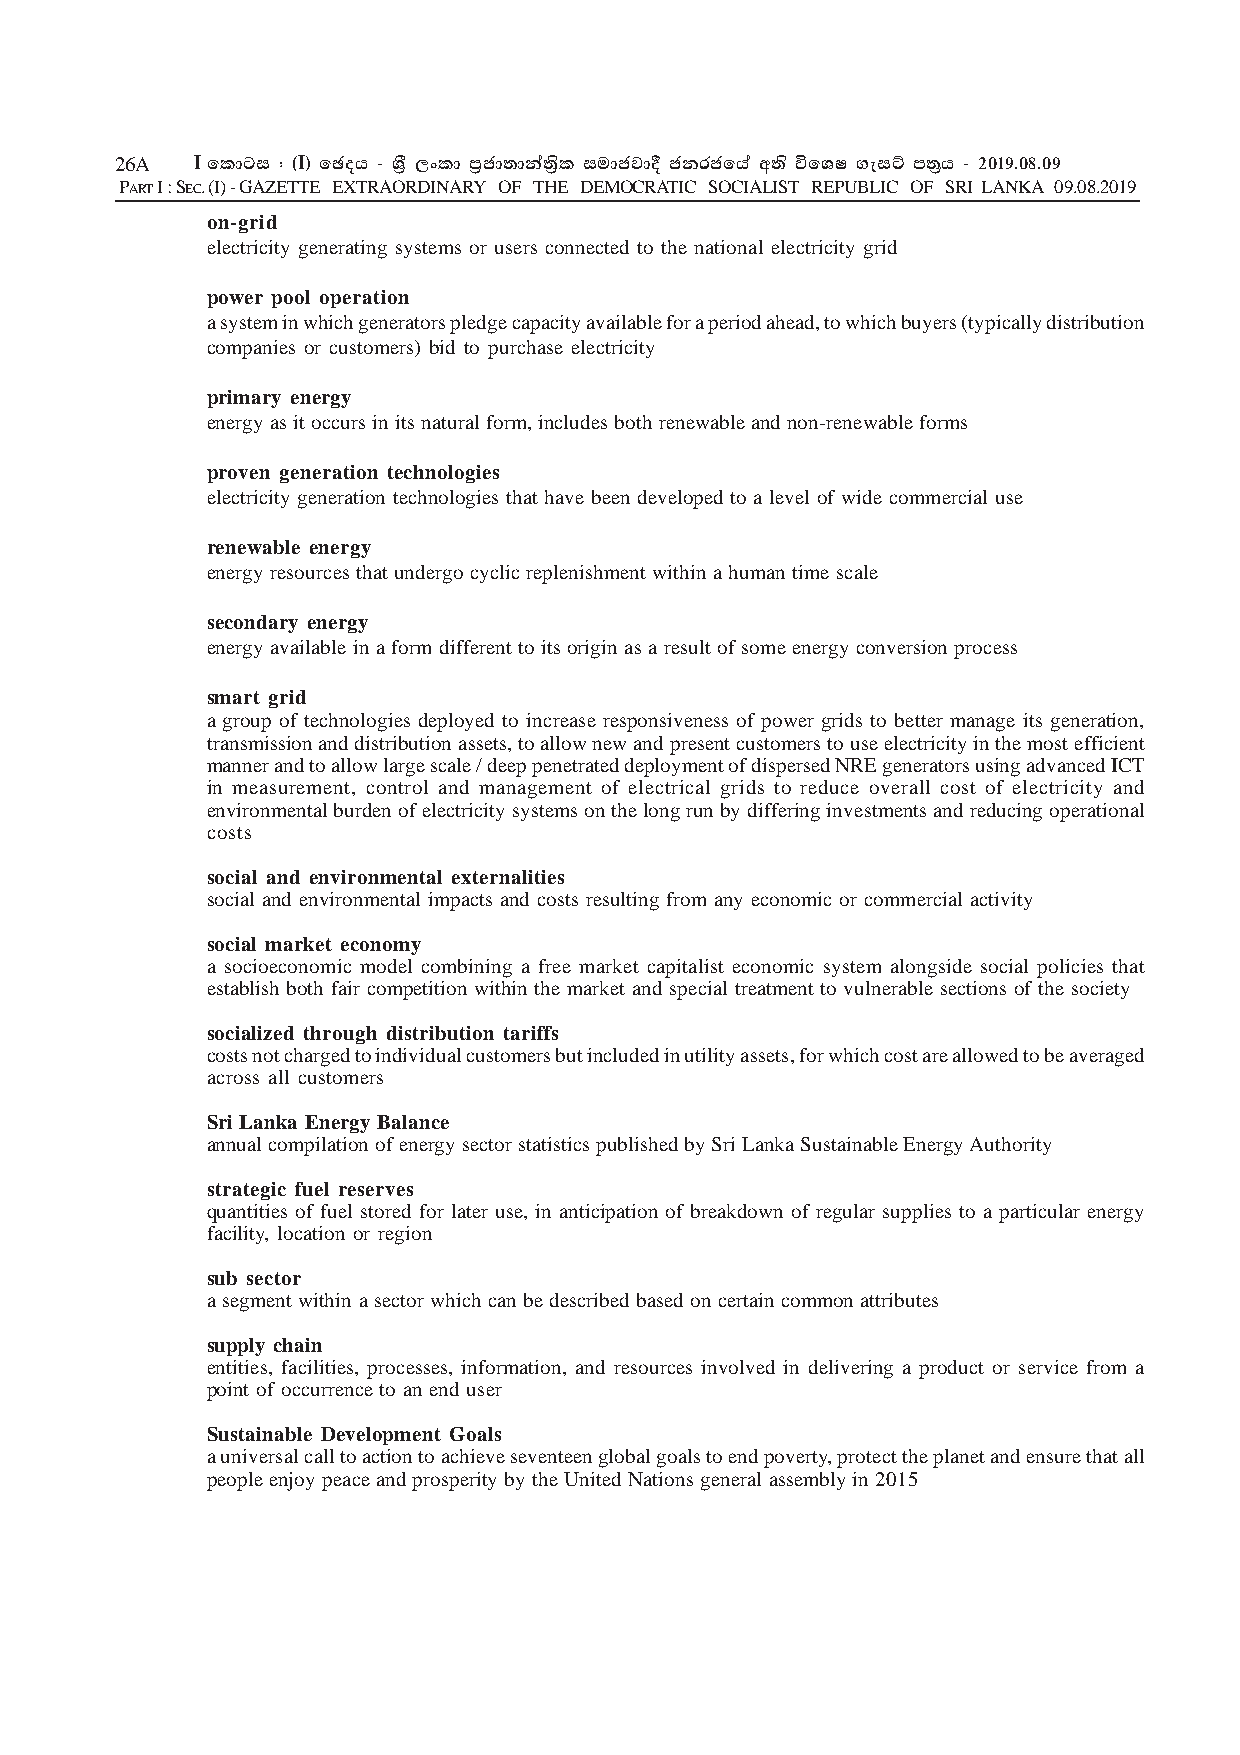
26A  I fldgi ( ^I& fPoh - YS% ,xld m%cd;dka;s%l iudcjd§ ckrcfha w;s úfYI .eiÜ m;%h - 2019'08'09
 PART I : SEC. (I) - GAZETTE EXTRAORDINARY OF THE DEMOCRATIC SOCIALIST REPUBLIC OF SRI LANKA 09.08.2019
 on-grid
 electricity generating systems or users connected to the national electricity grid
 power pool operation
 a system in which generators pledge capacity available for a period ahead, to which buyers (typically distribution
 companies or customers) bid to purchase electricity
 primary energy
 energy as it occurs in its natural form, includes both renewable and non-renewable forms
 proven generation technologies
 electricity generation technologies that have been developed to a level of wide commercial use
 renewable energy
 energy resources that undergo cyclic replenishment within a human time scale
 secondary energy
 energy available in a form different to its origin as a result of some energy conversion process
 smart grid
 a group of technologies deployed to increase responsiveness of power grids to better manage its generation,
 transmission and distribution assets, to allow new and present customers to use electricity in the most efficient
 manner and to allow large scale / deep penetrated deployment of dispersed NRE generators using advanced ICT
 in measurement, control and management of electrical grids to reduce overall cost of electricity and
 environmental burden of electricity systems on the long run by differing investments and reducing operational
 costs
 social and environmental externalities
 social and environmental impacts and costs resulting from any economic or commercial activity
 social market economy
 a socioeconomic model combining a free market capitalist economic system alongside social policies that
 establish both fair competition within the market and special treatment to vulnerable sections of the society
 socialized through distribution tariffs
 costs not charged to individual customers but included in utility assets, for which cost are allowed to be averaged
 across all customers
 Sri Lanka Energy Balance
 annual compilation of energy sector statistics published by Sri Lanka Sustainable Energy Authority
 strategic fuel reserves
 quantities of fuel stored for later use, in anticipation of breakdown of regular supplies to a particular energy
 facility, location or region
 sub sector
 a segment within a sector which can be described based on certain common attributes
 supply chain
 entities, facilities, processes, information, and resources involved in delivering a product or service from a
 point of occurrence to an end user
 Sustainable Development Goals
 a universal call to action to achieve seventeen global goals to end poverty, protect the planet and ensure that all
 people enjoy peace and prosperity by the United Nations general assembly in 2015